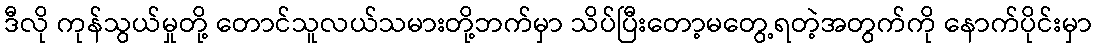
ဒီလို ကုန်သွယ်မှုတို့ တောင်သူလယ်သမားတို့ဘက်မှာ သိပ်ပြီးတော့မတွေ့ရတဲ့အတွက်ကို နောက်ပိုင်းမှာ